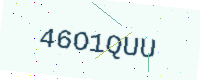
Text: 46O1QUU